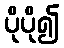
ပိုပို၍